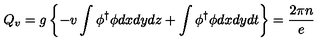
Q _ { v } = g \left\{ - v \int \phi ^ { \dagger } \phi d x d y d z + \int \phi ^ { \dagger } \phi d x d y d t \right\} = \frac { 2 \pi n } { e }